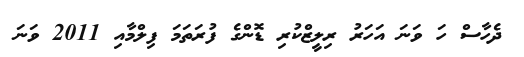
ދެހާސް ހަ ވަނަ އަހަރު ރިލީޒްކުރި ޑޮންގެ ފުރަތަމަ ފިލްމާއި 2011 ވަނަ